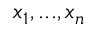
x _ { 1 } , . . . , x _ { n }